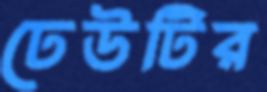
ঢেউটির